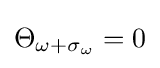
\Theta _{\omega +\sigma _{\omega }}=0